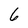
Character: 6